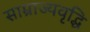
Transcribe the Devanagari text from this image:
साम्राज्यवृद्धि